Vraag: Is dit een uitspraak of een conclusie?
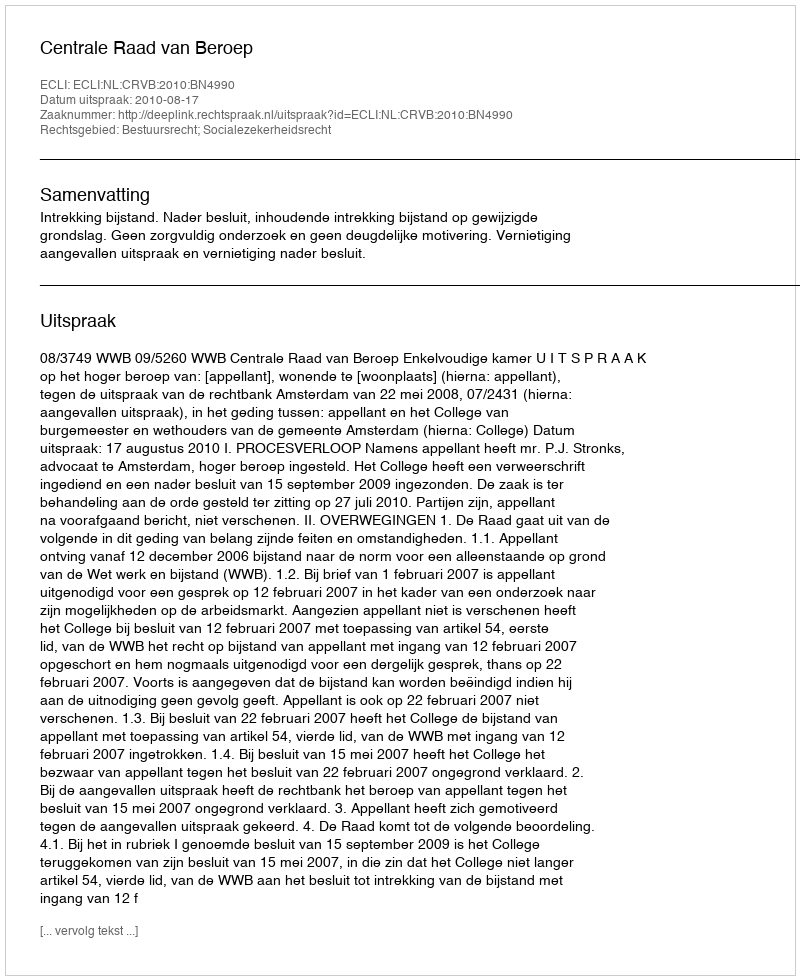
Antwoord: Uitspraak